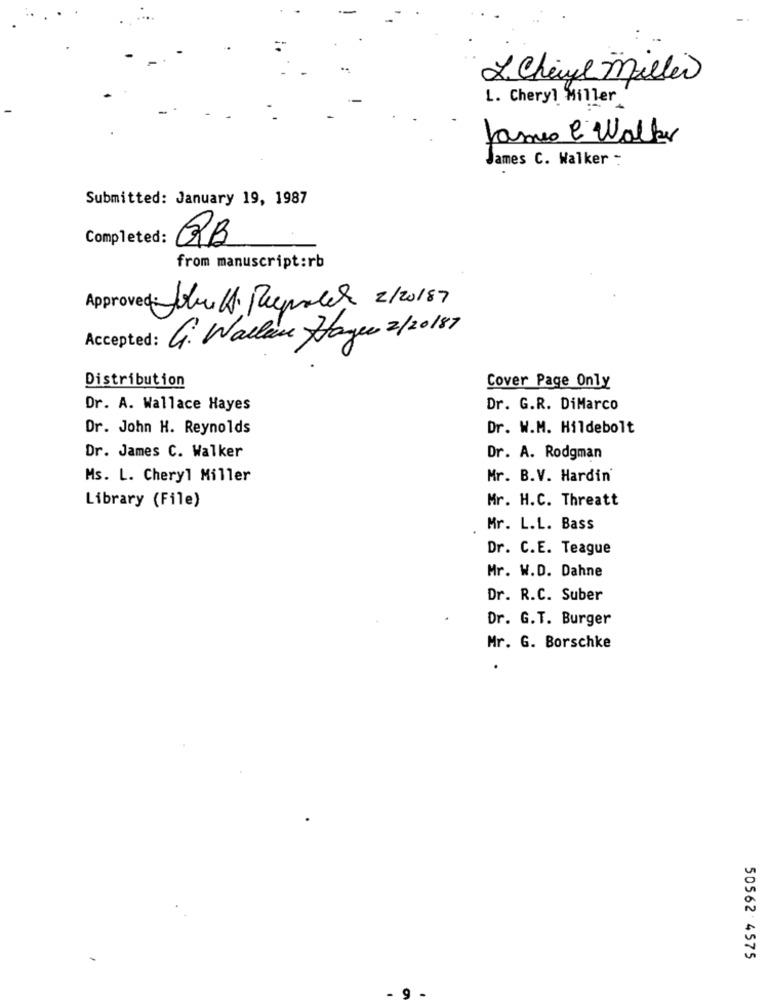
L. Cheryl Miller
L. Cheryl Miller
James l' Walker
James C. Walker -
Submitted: January 19, 1987
Completed:
QB
from manuscript:rb
Approved: Jobel Puepoder 2/20187
G. Walleu Hager 2/20187
Accept
Distribution
Cover Page Only
Dr. A. Wallace Hayes
Dr. G.R. DiMarco
Dr. John H. Reynolds
Dr. W.M. Hildebolt
Dr. James C. Walker
Dr. A. Rodgman
Ms. L. Cheryl Miller
Mr. B.V. Hardin'
Library (File)
Mr. H.C. Threatt
Mr. L.L. Bass
Dr. C.E. Teague
Mr. W.D. Dahne
Dr. R.C. Suber
Dr. G.T. Burger
Mr. G. Borschke
50562 4575